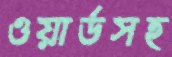
ওয়ার্ডসহ